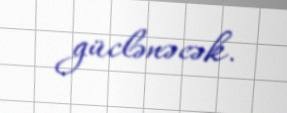
güclənəcək.